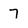
Character: 7